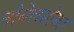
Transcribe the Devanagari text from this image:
नोबेलसोबत